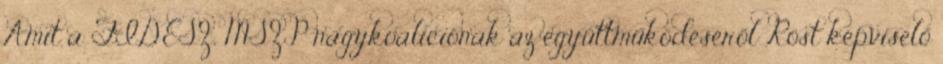
Amit a FIDESZ, MSZP nagykoalíciónak az együttműködéséről Röst képviselő